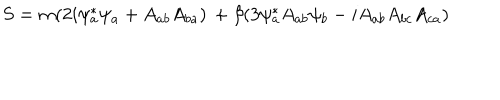
S = m ( 2 i \psi _ { a } ^ { * } \psi _ { a } + A _ { a b } A _ { b a } ) \, + \beta ( 3 \psi _ { a } ^ { * } A _ { a b } \psi _ { b } - i A _ { a b } A _ { b c } A _ { c a } )